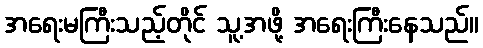
အရေးမကြီးသည့်တိုင် သူ့အဖို့ အရေးကြီးနေသည်။